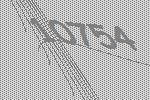
10754